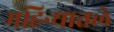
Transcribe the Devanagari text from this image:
महिन्यातले